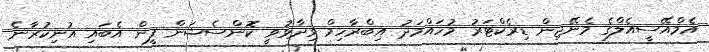
އެމްއޭސީއެލްގެ މެނޭޖިން ޑިރެކްޓަރު މުހައްމަދު އިބްރާހިމް ވިދާޅުވީ ކޮންސެޝަން ފީން އެބައި އުނިކުރާނެ